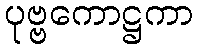
ပုဗ္ဗကောဋ္ဌကာ